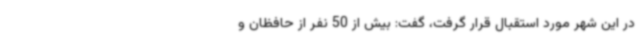
در این شهر مورد استقبال قرار گرفت، گفت: بیش از 50 نفر از حافظان و